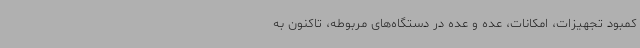
کمبود تجهیزات، امکانات، عده و عده در دستگاه‌های مربوطه، تاکنون به